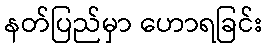
နတ်ပြည်မှာ ဟောရခြင်း